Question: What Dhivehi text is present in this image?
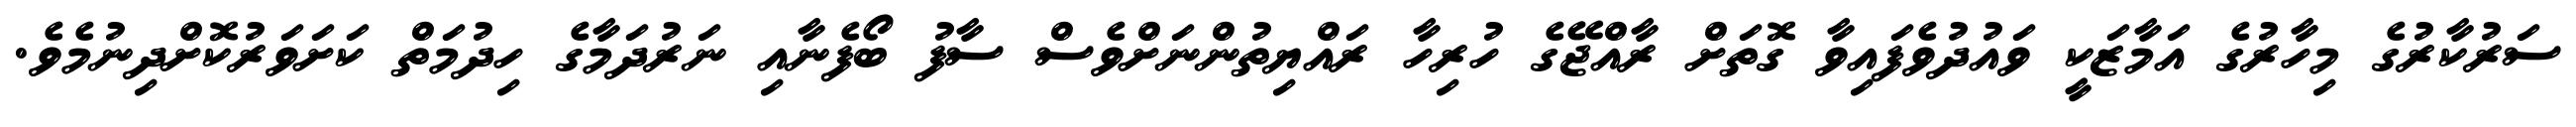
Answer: ސަރުކާރުގެ މިހާރުގެ އަމާޒަކީ ވައުދުވެފައިވާ ގޮތަށް ރާއްޖޭގެ ހުރިހާ ރައްޔިތުންނަށްވެސް ސާފު ބޯފެނާއި ނަރުދަމާގެ ހިދުމަތް ކަށަވަރުކޮށްދިނުމެވެ.